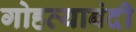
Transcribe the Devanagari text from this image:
गोहत्याबंदी